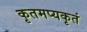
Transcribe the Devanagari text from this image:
कृतमप्यकृतं